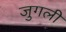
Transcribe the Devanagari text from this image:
जुगली